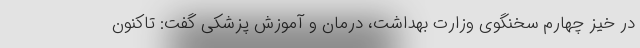
در خیز چهارم سخنگوی وزارت بهداشت، درمان و آموزش پزشکی گفت: تاکنون